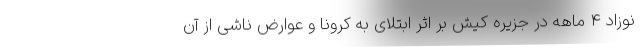
نوزاد 4 ماهه در جزیره کیش بر اثر ابتلای به کرونا و عوارض ناشی از آن